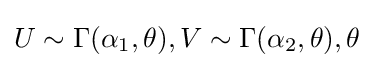
U\sim \Gamma (\alpha _{1},\theta ),V\sim \Gamma (\alpha _{2},\theta ),\theta